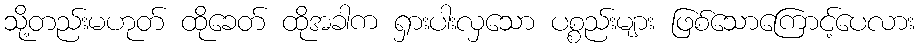
သို့တည်းမဟုတ် ထိုခေတ် ထိုအခါက ရှားပါးလှသော ပစ္စည်းများ ဖြစ်သောကြောင့်ပေလား